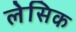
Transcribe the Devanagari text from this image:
लेसिक